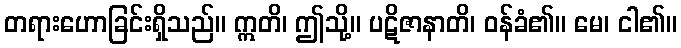
တရားဟောခြင်းရှိသည်။ ဣတိ၊ ဤသို့။ ပဋိဇာနာတိ၊ ဝန်ခံ၏။ မေ၊ ငါ၏။